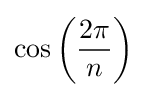
\cos \left({\frac {2\pi }{n}}\right)